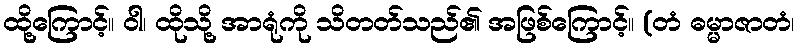
ထို့ကြောင့်။ ဝါ၊ ထိုသို့ အာရုံကို သိတတ်သည်၏ အဖြစ်ကြောင့်။ (တံ ဓမ္မာဇာတံ၊